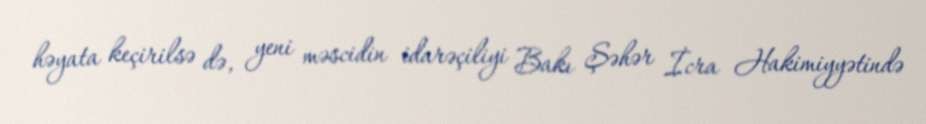
həyata keçirilsə də, yeni məscidin idarəçiliyi Bakı Şəhər İcra Hakimiyyətində